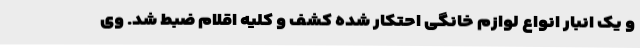
و یک انبار انواع لوازم خانگی احتکار شده کشف و کلیه اقلام ضبط شد. وی